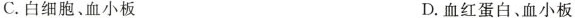
C.白细胞、血小板 D.血红蛋白、血小板